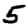
Digit: 5